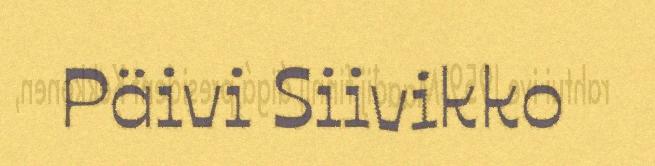
Päivi Siivikko